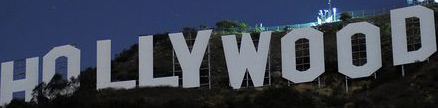
HOLLYWOOD